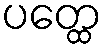
ပတ္ထေ